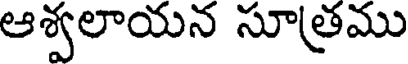
ఆశ్వలాయన సూత్రము